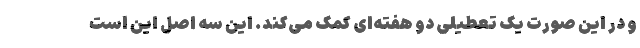
و در این صورت یک تعطیلی دو هفته‌ای کمک می‌کند. این سه اصل این است